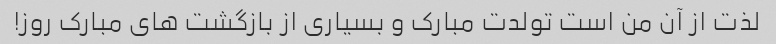
لذت از آن من است تولدت مبارک و بسیاری از بازگشت های مبارک روز!